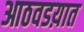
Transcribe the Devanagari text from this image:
आठवडय़ात